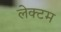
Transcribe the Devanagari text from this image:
लेक्टम